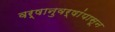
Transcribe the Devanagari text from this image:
वर्षानुवर्षांपासून